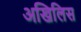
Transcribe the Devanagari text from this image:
अखिलिस